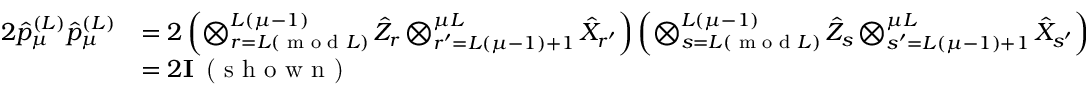
\begin{array} { r l } { 2 \hat { p } _ { \mu } ^ { ( L ) } \hat { p } _ { \mu } ^ { ( L ) } } & { = 2 \left( \bigotimes _ { r = L ( \textrm { m o d } L ) } ^ { L ( \mu - 1 ) } \hat { Z } _ { r } \bigotimes _ { r ^ { \prime } = L ( \mu - 1 ) + 1 } ^ { \mu L } \hat { X } _ { r ^ { \prime } } \right) \left( \bigotimes _ { s = L ( \textrm { m o d } L ) } ^ { L ( \mu - 1 ) } \hat { Z } _ { s } \bigotimes _ { s ^ { \prime } = L ( \mu - 1 ) + 1 } ^ { \mu L } \hat { X } _ { s ^ { \prime } } \right) } \\ & { = 2 \mathbf { I } \, \textrm { ( s h o w n ) } } \end{array}